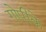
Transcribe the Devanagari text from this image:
गोपीके